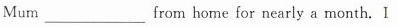
Mum___ from home for nearly a month. I